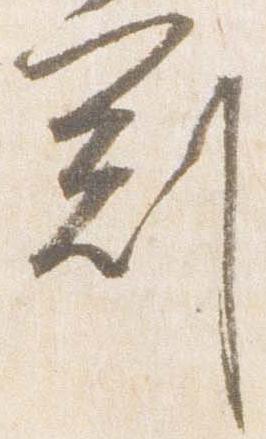
冠